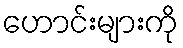
ဟောင်းများကို